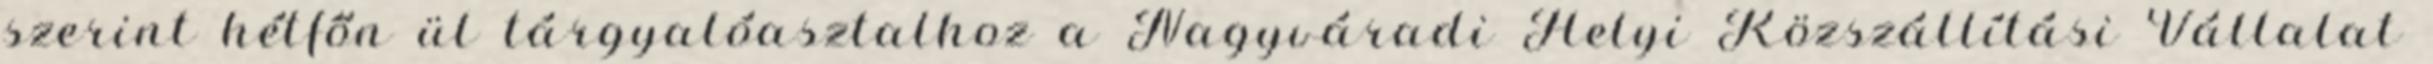
szerint hétfőn ül tárgyalóasztalhoz a Nagyváradi Helyi Közszállítási Vállalat